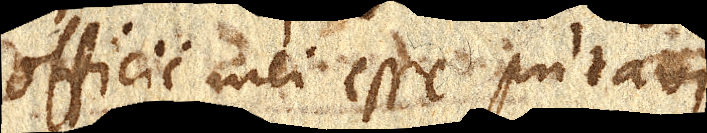
officii mei esse putavi